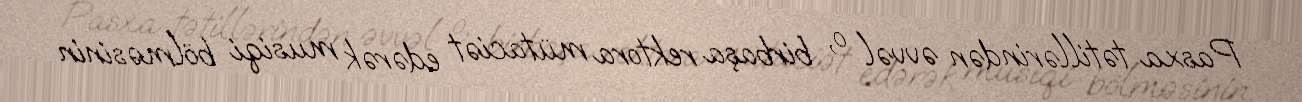
Pasxa tətillərindən əvvəl o, birbaşa rektora mütaciət edərək musiqi bölməsinin